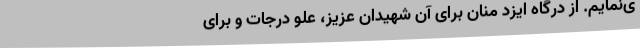
ی‌نمایم. از درگاه ایزد منان برای آن شهیدان عزیز، علو درجات و برای